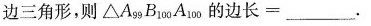
边三角形，则△A_{99}B_{100}A_{100} 的边长=___.